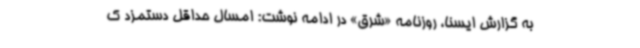
به گزارش ایسنا، روزنامه «شرق» در ادامه نوشت: امسال حداقل دستمزد ک